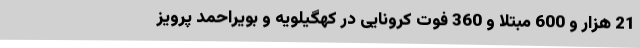
21 هزار و 600 مبتلا و 360 فوت کرونایی در کهگیلویه و بویراحمد پرویز